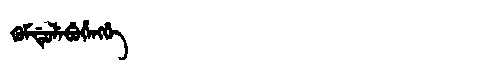
Manchu: ᡴᡠᠮᡩᡠᠯᡝᠪᡠᡥᡝᠩᡤᡝ
Romanization: KUMDULEBUHENGGE